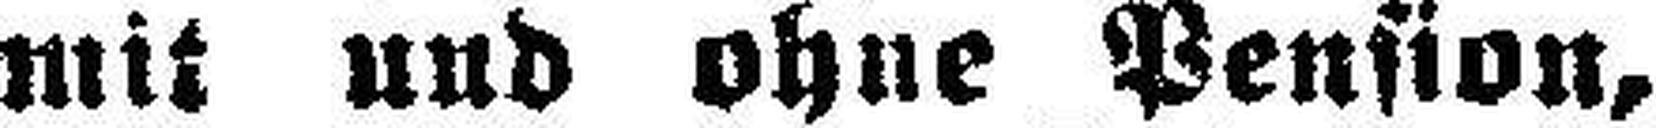
mit und ohne Pension,